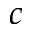
c